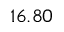
1 6 . 8 0